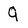
Character: 9